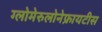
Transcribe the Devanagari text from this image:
ग्लोमेरुलोनेफ्रायटीस